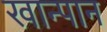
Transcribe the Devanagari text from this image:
खान्पान